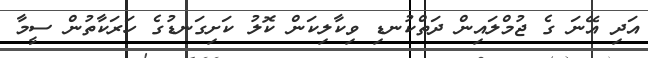
އަދި އޭނަ ގެ ޖުމްލައިން ދަތްކުނޑި ވިކާލިކަން ކޮލު ކަށިގަނޑުގެ ހަރަކާތުން ސީމާ